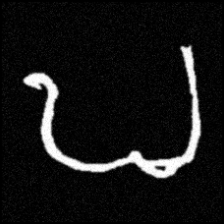
Pyu character \u2014 Myanmar letter: ဎ (romanized: ddha)